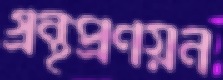
গ্রন্থপ্রণয়ন